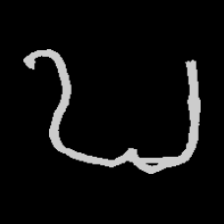
Pyu character \u2014 Myanmar letter: ဎ (romanized: ddha)